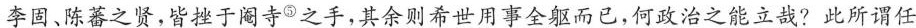
李固。陈蕃之贤，皆挫于阉寺^{⑤}之手，其余则希世用事全躯而已，何政治之能立哉?此所谓任